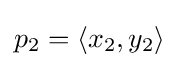
{\textstyle p_{2}=\langle x_{2},y_{2}\rangle }